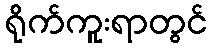
ရိုက်ကူးရာတွင်